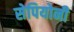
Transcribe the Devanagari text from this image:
सेपियोनी